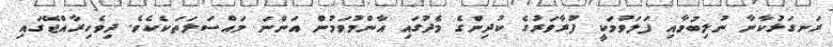
ރަނގަޅުކާނާ ނުލިބުމާއި ފަލަވުމަކީ ފުރާވަރުގެ ކުދިންގެ މެދުގައި އާންމުވަމުން އަންނަ މައްސަލަތަކެކެވެ. ދިވެހިރާއްޖޭގައި